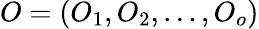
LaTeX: O=(O_{1},O_{2},\dots,O_{o})